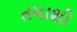
તમાશો